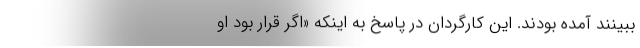
ببینند آمده بودند. این کارگردان در پاسخ به اینکه «اگر قرار بود او